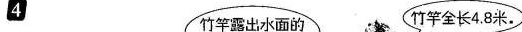
4 竹竿露出水面的，竹竿全长4.8米。